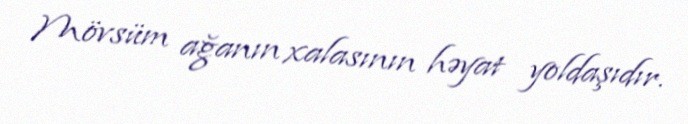
Mövsüm ağanın xalasının həyat yoldaşıdır.